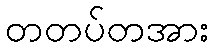
တတပ်တအား